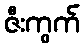
ဇီးကွက်